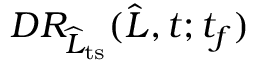
D R _ { \widehat { L } _ { \mathrm { t s } } } ( \widehat { L } , t ; t _ { f } )